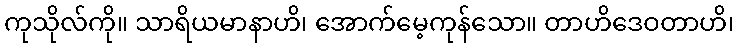
ကုသိုလ်ကို။ သာရိယမာနာဟိ၊ အောက်မေ့ကုန်သော။ တာဟိဒေဝတာဟိ၊